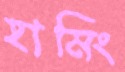
হামিং